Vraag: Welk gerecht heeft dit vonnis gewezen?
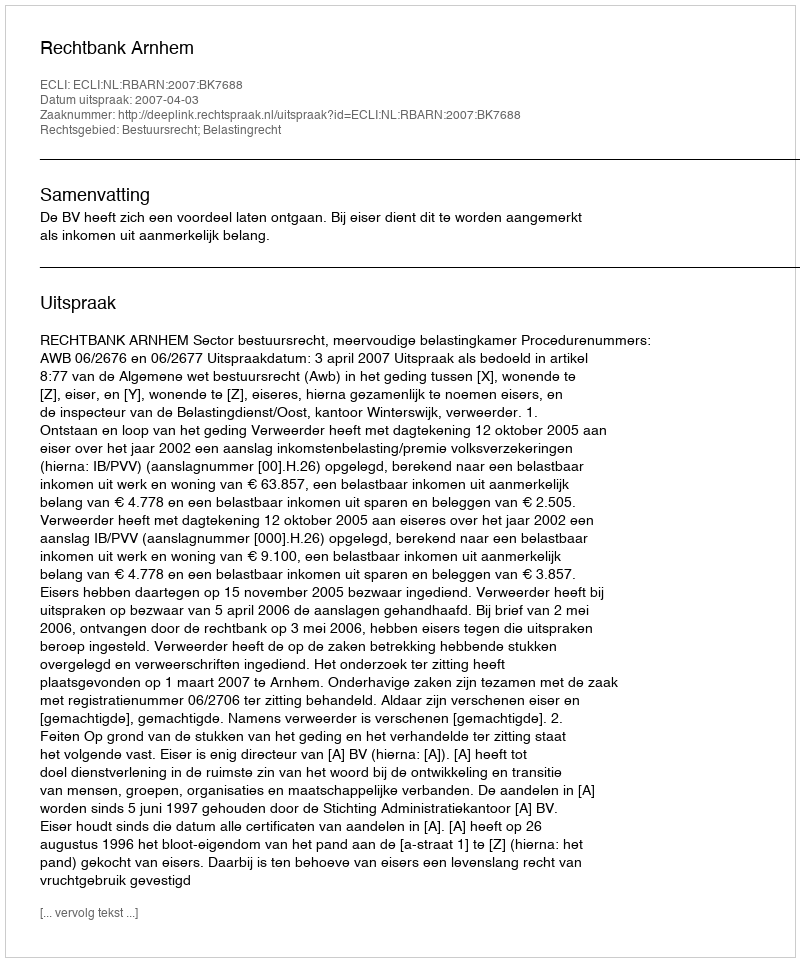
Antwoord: Rechtbank Arnhem